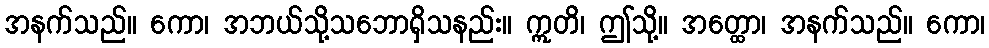
အနက်သည်။ ကော၊ အဘယ်သို့သဘောရှိသနည်း။ ဣတိ၊ ဤသို့။ အတ္ထော၊ အနက်သည်။ ကော၊